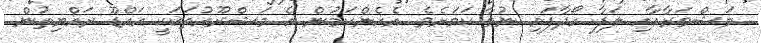
މަޝްވަރާއާއި ލަފާ ހޯދާފައި ނުވާ ކަމަށެވެ. އެހެންކަމުން އެ މަޝްރޫއުތަކަކީ އައްޑޫ ރައްޔިތުން